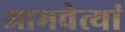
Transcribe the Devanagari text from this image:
आमचेत्यां